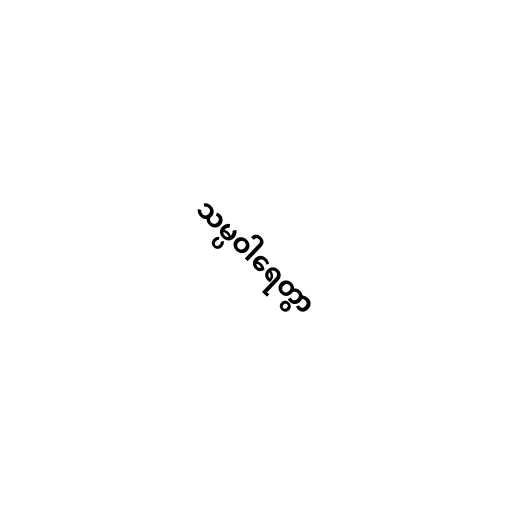
သမ္ပဝါရေတွာ